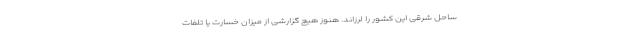
ساحل شرقی این کشور را لرزاند. هنوز هیچ گزارشی از میزان خسارت یا تلفات